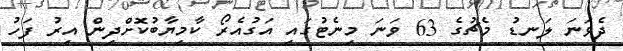
ދެވަނަ ލަނޑު މެޗުގެ 63 ވަނަ މިނެޓުގައި އަގުއެރޯ ކާމިޔާބުކޮށްދިން އިރު ފަހު